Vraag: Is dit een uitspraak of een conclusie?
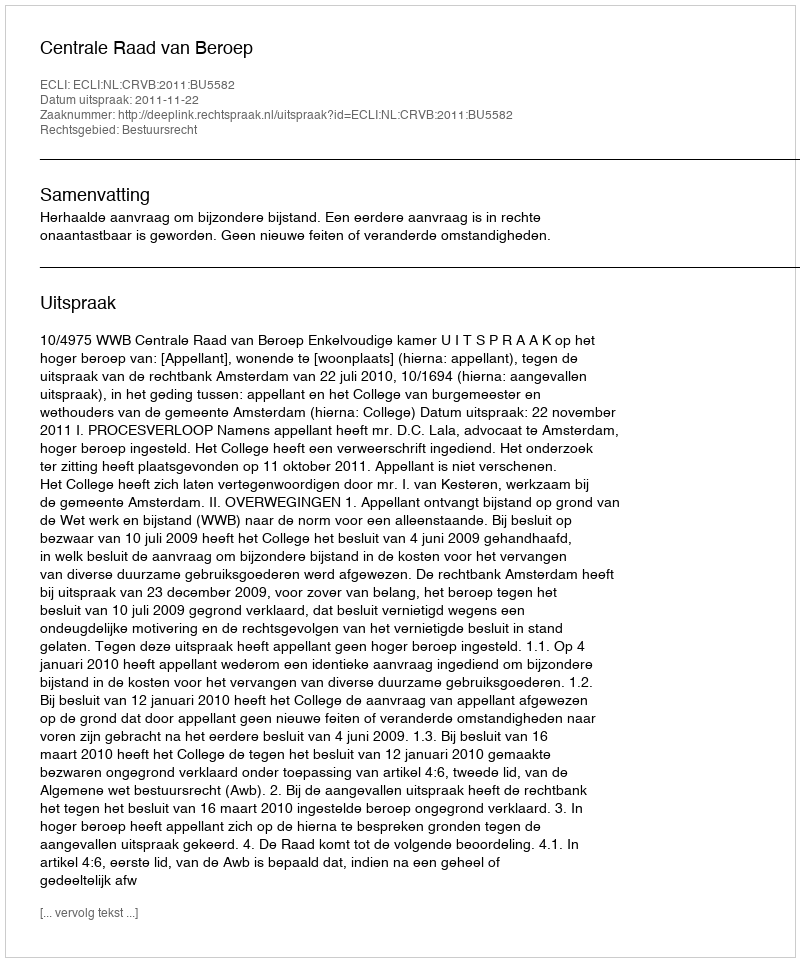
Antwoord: Uitspraak